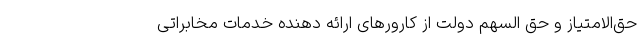
حق‌الامتیاز و حق السهم دولت از کارورهای ارائه دهنده خدمات مخابراتی